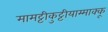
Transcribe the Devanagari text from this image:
मामट्टीकुट्टीयाम्माक्कू